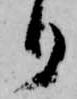
り